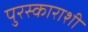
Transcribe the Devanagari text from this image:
पुरस्काराशी